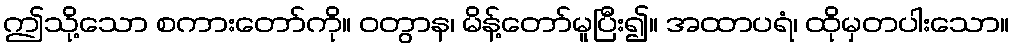
ဤသို့သော စကားတော်ကို။ ဝတွာန၊ မိန့်တော်မူပြီး၍။ အထာပရံ၊ ထိုမှတပါးသော။